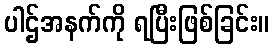
ပါဌ်အနက်ကို ရပြီးဖြစ်ခြင်း။